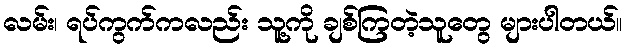
လမ်း၊ ရပ်ကွက်ကလည်း သူ့ကို ချစ်ကြတဲ့သူတွေ များပါတယ်။